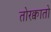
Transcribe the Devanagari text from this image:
तोरक्वातो